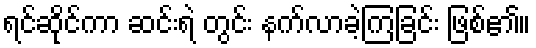
ရင်ဆိုင်ကာ ဆင်းရဲ တွင်း နက်လာခဲ့ကြခြင်း ဖြစ်၏။